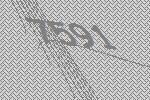
7591